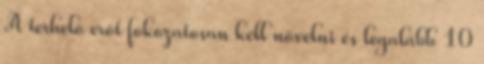
A terhelõ erõt fokozatosan kell növelni és legalább 10